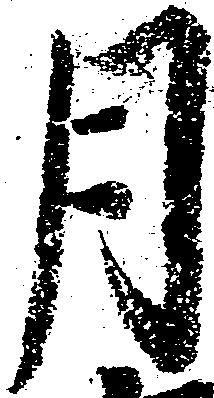
月